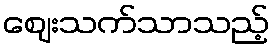
ဈေးသက်သာသည့်